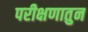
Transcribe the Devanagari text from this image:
परीक्षणातुन